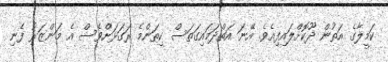
ކަމީލާގެ އަތުން ދޫކޮށްލައިފިއެވެ. އޭނަ އަތްދަމައިގަތަސް ކިތަންމެ ރަގަޅަށްވެސް އެ މަންޒަރު ފެނި